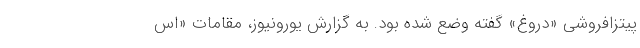
پیتزافروشی «دروغ» گفته وضع شده بود. به گزارش یورونیوز، مقامات «اس